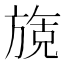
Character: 𬀌